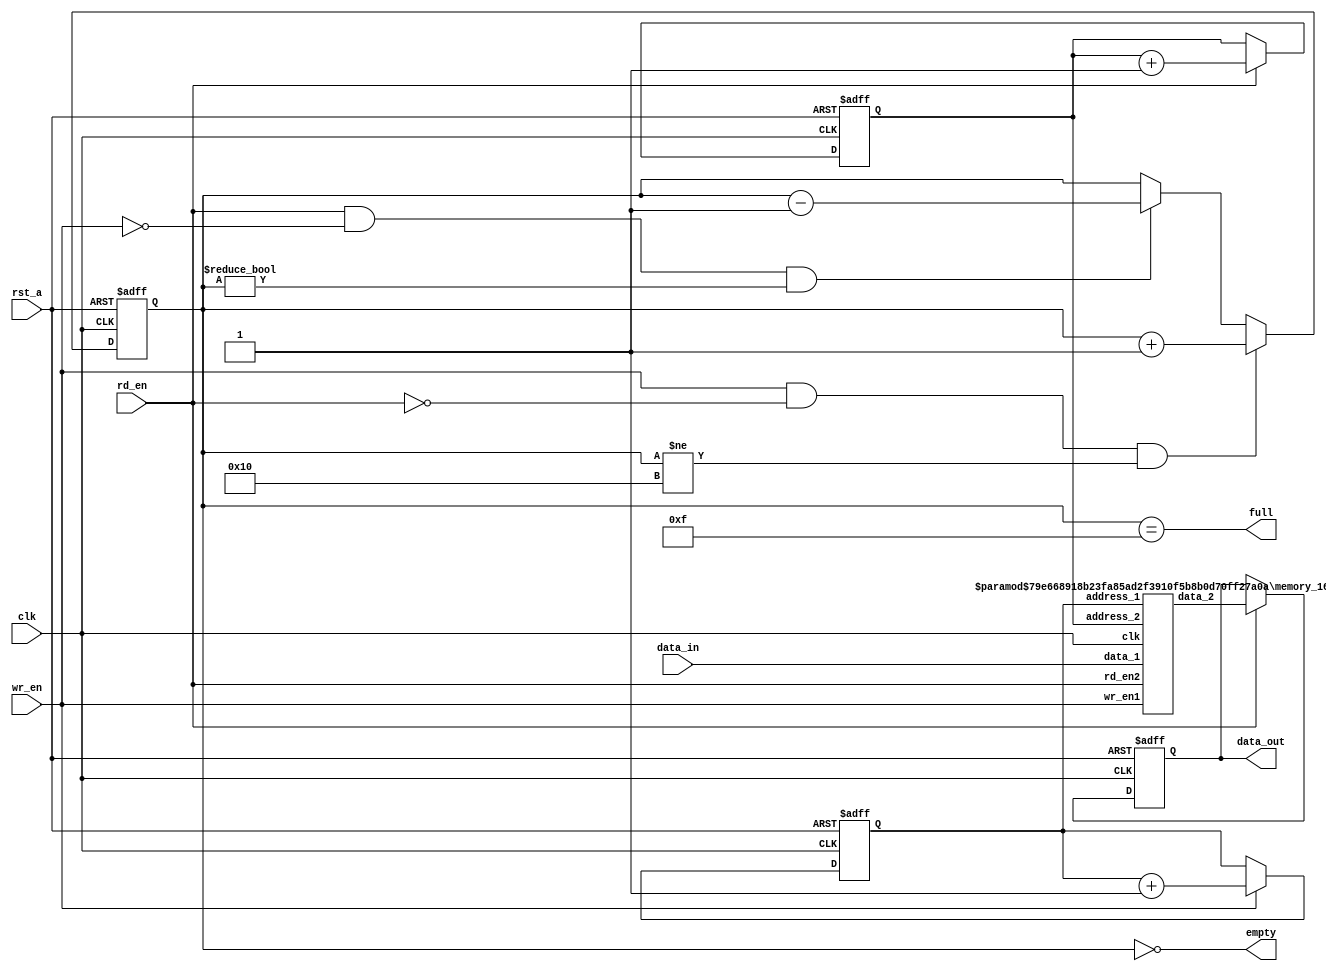
module sync_fifo #( parameter DATA_W    = 4,
    parameter ADDR_W = 4,
    parameter RAM_D     =16
)
(
    output reg [DATA_W-1:0] data_out,
    output full,
    output empty,
    input [DATA_W-1:0] data_in,
    input clk,
    input rst_a,
    input wr_en,
    input rd_en
);
reg [ADDR_W-1:0]    wr_pointer;
reg [ADDR_W-1:0]    rd_pointer;
reg [ADDR_W :0]     status_count;
//reg [DATA_W-1:0]       data_out ;
wire [DATA_W-1:0]      data_ram ;
always @ (posedge clk,posedge rst_a)
begin
    if(rst_a)
        wr_pointer = 0;
    else begin
        if(wr_en)
            wr_pointer = wr_pointer+1;
    end
end
always @ (posedge clk,posedge rst_a)
begin
    if(rst_a)
        rd_pointer = 0;
    else begin
        if(rd_en)
            rd_pointer = rd_pointer+1;
    end
end
always @ (posedge clk,posedge rst_a)
begin
    if(rst_a)
        data_out <=0;
    else begin
        if(rd_en)
            data_out <=data_ram;
    end
end
always @ (posedge clk,posedge rst_a)
begin
    if(rst_a)
        status_count = 0;
    else begin
        if(wr_en && !rd_en && (status_count != RAM_D))
            status_count = status_count + 1;
        else
            if(rd_en && !wr_en && (status_count != 0))
                status_count = status_count - 1;
        end // always @ (posedge clk,posedge rst_a)
    end
    assign full = (status_count == (RAM_D-1));
    assign empty = (status_count == 0);
    memory_16x4 #(DATA_W,ADDR_W,RAM_D) u1 (.address_1(wr_pointer),.address_2(rd_pointer),.data_1(data_in),.data_2(data_ram),.wr_en1(wr_en),.rd_en2(rd_en),.clk(clk));
    endmodule // sync_fifo
    //RAM
    module memory_16x4 #(
        parameter DATA_W    = 4,
        parameter ADDR_W = 4,
        parameter RAM_D     =16
    )
    (
        input     [DATA_W-1:0]      data_1,
        output    [DATA_W-1:0]      data_2,
        input     [ADDR_W-1:0]   address_1,
        input     [ADDR_W-1:0]   address_2,
        input                           wr_en1,clk,rd_en2//12
    );
    reg [ADDR_W-1:0]     memory[0:RAM_D-1];
    reg [DATA_W-1:0]        data_2_out;
    //wire [DATA_W-1:0]  data_2;//wire
    //
    always @(posedge clk)
    begin
        if (wr_en1)
            memory[address_1]=data_1;
    end
    always @(posedge clk)
    begin
        if (rd_en2)
            data_2_out=memory[address_2];
    end
    assign data_2=(rd_en2)?data_2_out:8'b0;
    endmodule // memory_16x4